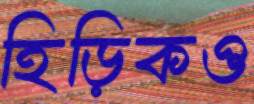
হিড়িকও